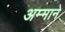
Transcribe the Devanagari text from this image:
अम्माने